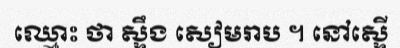
ឈ្មោះ ថា ស្ទឹង សៀមរាប ។ នៅស្ទើ